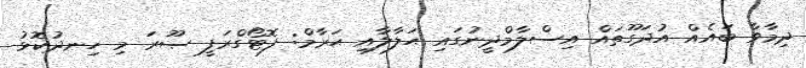
ދިމާވާ ބައެއް އުދަގޫތައް އިސްލާމްދީނުގައި ޙަލާލާއި ޙަރާމް: ފޮޓޯގްރަފީ ޞޫރަ މި ހިނދުކޮޅު